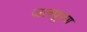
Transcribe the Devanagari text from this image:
जलपूरण